Annual report on the working of the lock hospitals in the Central Provinces
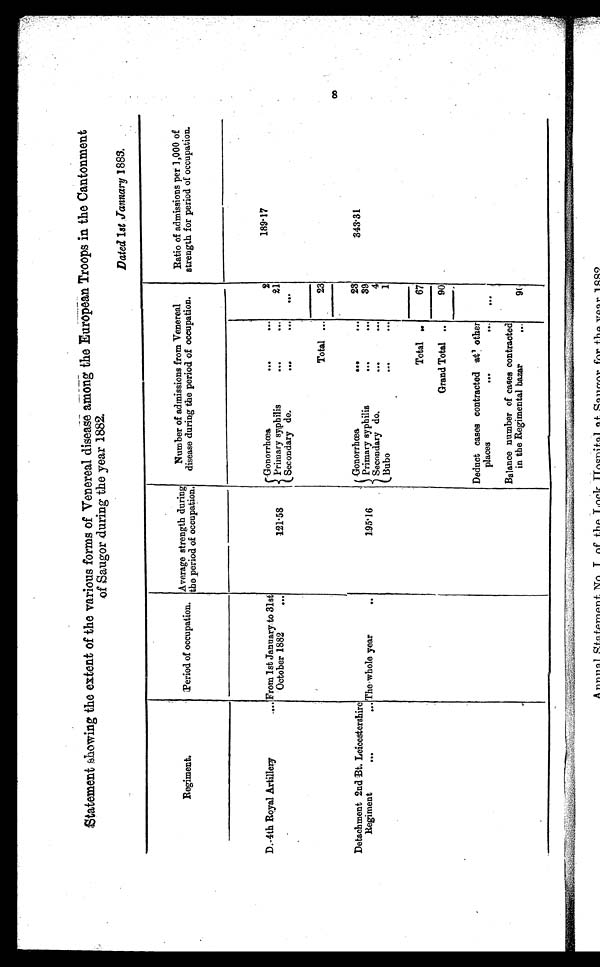
Statement showing the extent of the various forms of Venereal disease among the European Troops in the Cantonment
of Saugor during the year 1882.
Dated lst January 1883.
Regiment.
Period of occupation.
Average strength during
the period of occupation.
Number of admissions from Venereal
disease during the period of occupation.
Ratio of admissions per 1,000 of
strength for period of occupation.
D.-4th Royal Artillery . . .From 1st January to 31stO c t o b e r 1 8 8 2
Gonorrhœa
...
...
2
189·17
121·58
Primary syphilis
...
. . .
21
Secondary do.
...
. . .
Total ...
23
Detachment 2nd Bt. Leicestershire Regiment.
The whole year.
. . .
Gonorrhœa
...
. . .
23
343·31
195·16
Primary syphilis
...
. . .
39
Secondary do.
...
. . .
4
Bubo
...
1
Total
. . .
67
Grand Total ...
90
Deduct cases contracted at' other
places
...
. . .
. . .
Balance number of cases contracted
in the Regimental bazar
...
90
8